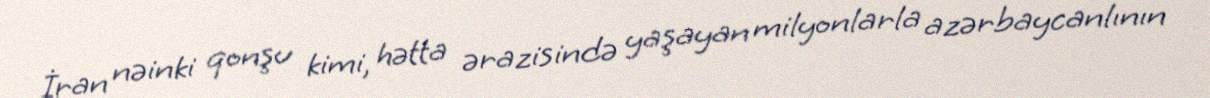
İran nəinki qonşu kimi, hətta ərazisində yaşayan milyonlarla azərbaycanlının